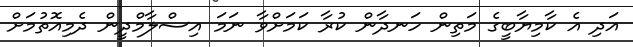
އަދި އެ ކާމިޔާބީގެ މަތިން ހަނދާން ކުރާ ކަމަށްވާ ނަމަ އިސްލާމްދީން ދެމިއޮތުމަށް